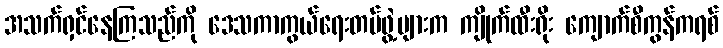
အသက်ရှင်နေကြသည်ကို ဒေသကာကွယ်ရေးတပ်ဖွဲ့များက ကျိုက်ထီးရိုး ကျောက်စီကွန်ကရစ်